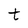
Character: t